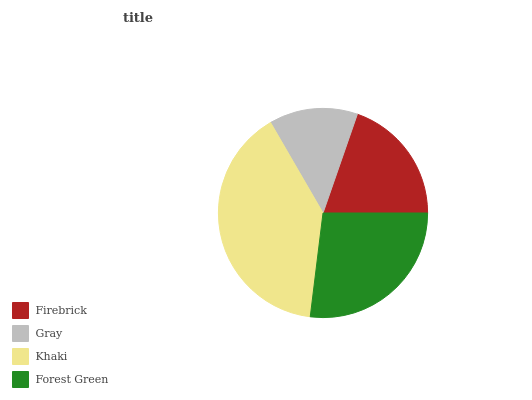
| Firebrick | Gray | Khaki | Forest Green |
 | --- | --- | --- | --- |
 | 19.7% | 13.7% | 39.6% | 26.9% |